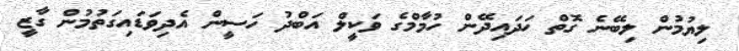
ލިޔުމުން ލިބޭނެ ގޮތް ހަދައިދޭން ހުމާމްގެ ވަކީލް އަބްދު ހަސީން އެދިވަޑައިގަތުމުން ގާޒީ